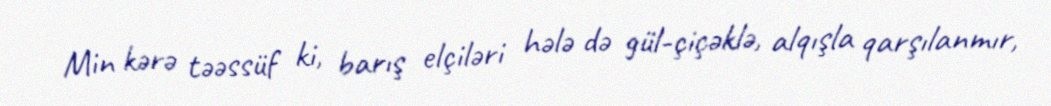
Min kərə təəssüf ki, barış elçiləri hələ də gül-çiçəklə, alqışla qarşılanmır,